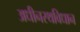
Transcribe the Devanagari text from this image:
अधीनस्थविधान